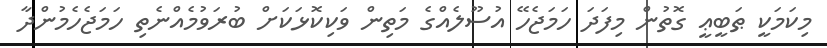
މިކަމަކީ ޠަބީޢީ ގޮތުން މިފަދަ ހަމަޖެހޭ އުސޫލެއްގެ މަތިން ވަކިކޮޅަކަށް ބުރަވުމެއްނެތި ހަމަޖެހެމުންދާ